Civil Veterinary Department Bihar & Orissa reports 1922-29 - 1922-1929
Year: 1922
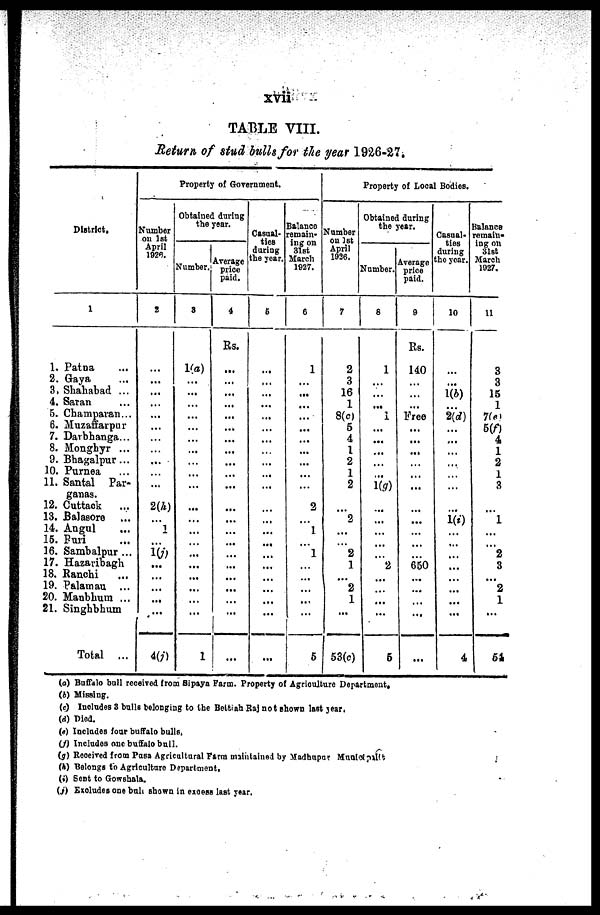
xvii
TABLE VIII.
Return of stud bulls/or the year 1926-27.
District.
1
1. Patna
2. Gaya
3. Shahabad ...
4. Saran
5. Champaran...
6. Muzaffarpur
7. Darbhanga...
8. Monghyr ...
9. Bhagalpur...
10. Purnea
11. Santal Par-
ganas.
12. Cuttack
...
13. Balasore
14. Angul
15. Puri
16. Sambalpur ...
17. Hazaribagh
18. Ranchi
19. Palamau ...
20. Manbbum ...
21. Singhbhum
Total ...
Property of Government.
Number
on 1st
April
1926.
2
...
...
...
...
...
...
...
...
...
2(h)
1
1(j)
...
...
...
4(i)
Obtained during
the year.
Number.
8
1(a)
...
...
...
...
...
...
...
...
...
...
...
...
...
...
...
...
1
Average
price
paid.
4
Rs.
...
...
...
...
...
...
...
...
...
...
...
...
...
...
...
...
...
Casual-
ties
daring
the year.
6
...
...
...
...
...
...
...
...
...
...
...
...
...
...
...
...
Balance
remain-
ingon
31st
March
1927.
6
1
...
...
...
...
...
...
...
2
...
1
...
1
...
...
...
6
Property of Local Bodies.
Number
of 1st
April
1936.
7
2
3
16
1
8(c)
5
4
1
2
1
2
2
...
2
1
2
1
...
53(c)
Obtained during
the year.
Number.
8
1
...
...
...
1
...
...
...
average
price
paid.
9
Rs.
140
...
...
...
Free
...
...
...
1(g)
...
...
...
...
...
2
...
6
...
...
...
...
...
...
660
...
...
...
Casual-
ties
during
the year.
10
...
1(b)
2(d)
...
...
...
...
...
...
1(i)
...
...
...
...
...
4
Balance
remain-
ing on
31st
March
1927.
11
3
3
15
1
7(e)
5(f)
4
1
2
1
3
...
1
...
...
2
3
...
2
1
...
51
(a) Buffalo ball received from Sipaya Farm. Property of Agriculture Department,
(6) Hissing.
(e) Includes 8 balls belonging to the Bettiah Raj not shown lost year.
(d) Pied.
(e) Includes four buffalo bulls.
(f) Includes one buffalo bull.
(g) Received from Pa6a Agricultural Firm maintained by Madhupur Municipality
(h) Belongs to Agriculture Department,
(i) Sent to Gowshala.
(j) Excludes one bull shown in excess lost year.